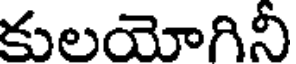
కులయోగినీ